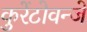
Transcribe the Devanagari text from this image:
कुरेंटोवन्जे